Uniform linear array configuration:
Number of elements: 16
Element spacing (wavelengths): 1
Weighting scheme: uniform
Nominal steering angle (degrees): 0
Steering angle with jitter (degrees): -0.2342
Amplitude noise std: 0.05
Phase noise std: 0.05

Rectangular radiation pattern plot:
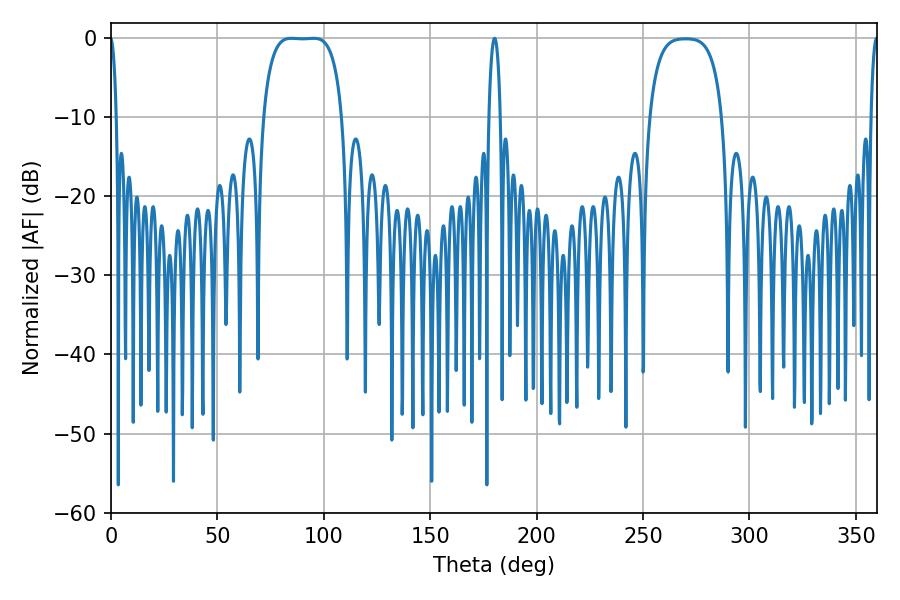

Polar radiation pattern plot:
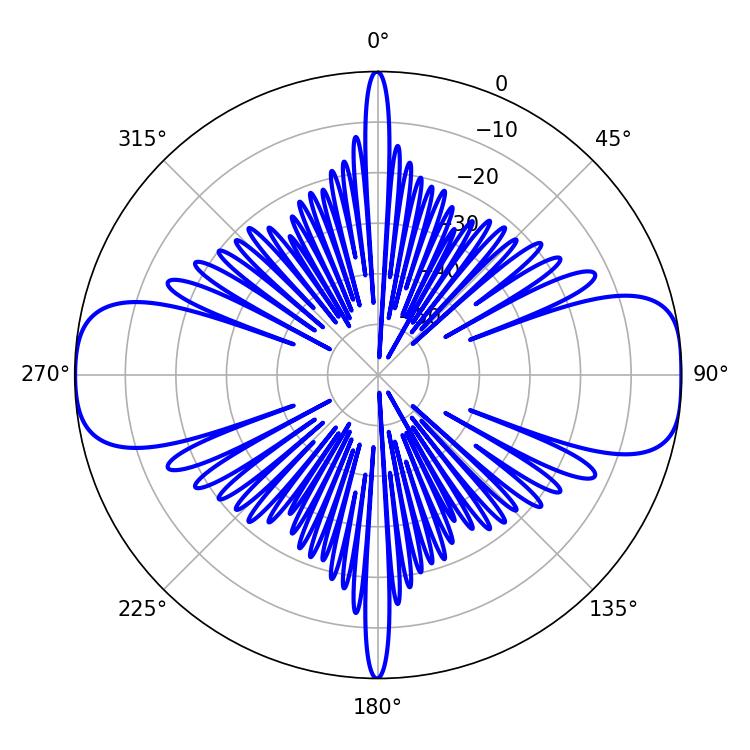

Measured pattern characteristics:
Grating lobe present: TRUE
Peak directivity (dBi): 14.099
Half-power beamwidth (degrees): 28.8
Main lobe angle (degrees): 84.78